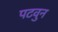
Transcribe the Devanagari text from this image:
पटवुन